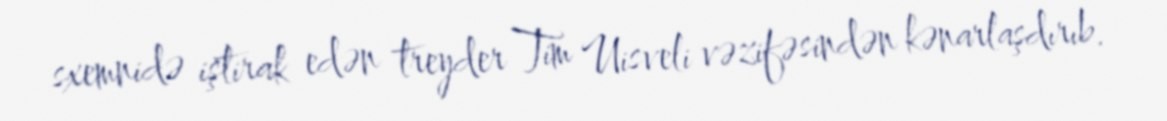
sxemnidə iştirak edən treyder Tim Uisveli vəzifəsindən kənarlaşdırıb.